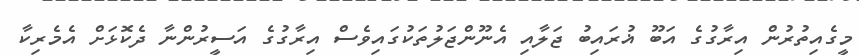
މީގެއިތުރުން އިރާގުގެ އަބޫ ޣުރައިބު ޖަލާއި އެނޫންޖަލުތަކުގައިވެސް އިރާގުގެ އަސީރުންނާ ދެކޮޅަށް އެމެރިކާ